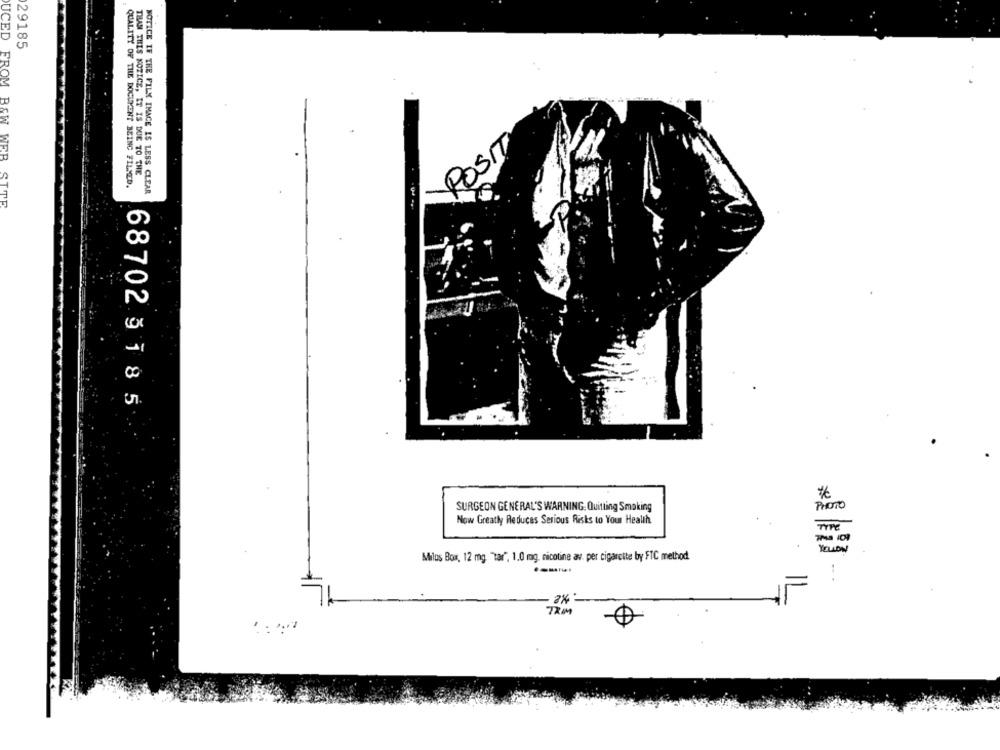
29185
UCED FROM
ROSIT
B&W WEB
THAN THIS NOTICE, IT IS DUE TO THE
QUALITY OF THE DOCUMENT BEING FILSED.
NOTICE IF THE FILM IMACE IS LESS CLEAR
SITE
687023185
SURGEON GENERAL'S WARNING: Quitting Smaking
PHOTO
Now Greatly Reduces Serious Risks to Your Health
TYPE
Milos Box, 12 mg. "tar", 1.0 mg, nicotine av. per cigarcite by FTC method
8%